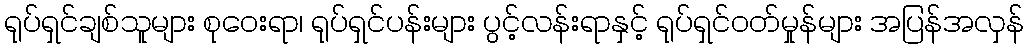
ရုပ်ရှင်ချစ်သူများ စုဝေးရာ၊ ရုပ်ရှင်ပန်းများ ပွင့်လန်းရာနှင့် ရုပ်ရှင်ဝတ်မှုန်များ အပြန်အလှန်